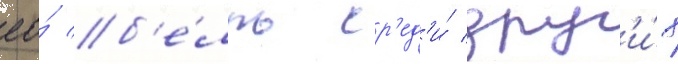
ео́ б'е́лль ср'ед'и́ друг'и́х